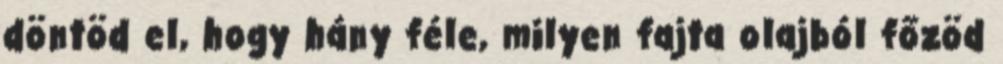
döntöd el, hogy hány féle, milyen fajta olajból főzöd